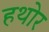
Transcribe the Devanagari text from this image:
हथोर